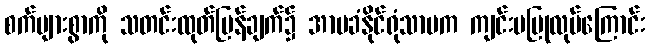
စက်များစွာကို သတင်းထုတ်ပြန်ချက်၌ အာမခံနိုင်ရုံသာမက ကျင်းပပြုလုပ်ကြောင်း